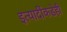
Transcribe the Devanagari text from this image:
इत्यादींकडेही